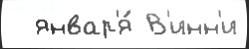
  январ'я́ В'инн'и